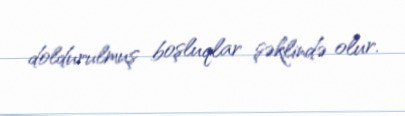
doldurulmuş boşluqlar şəklində olur.